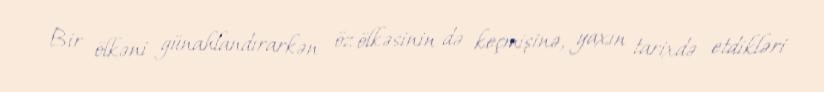
Bir ölkəni günahlandırarkən öz ölkəsinin də keçmişinə, yaxın tarixdə etdikləri